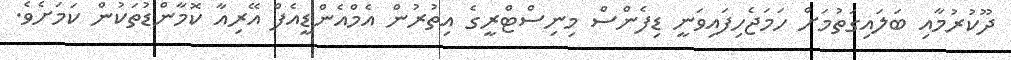
ދޫކުރުމާއި ބަލައިގަތުމަށް ހަމަޖެހިފައިވަނީ ޑިފެންސް މިނިސްޓްރީގެ އިތުރުން އެމްއެންޑީއެފް އޭރިއާ ކޮމާންޑުތަކުން ކަމަށެވެ.